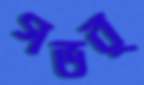
গভর্